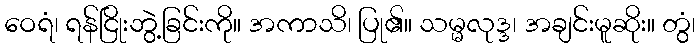
ဝေရံ၊ ရန်ငြိုးဘွဲ့ခြင်းကို။ အကာသိ၊ ပြု၏။ သမ္မလုဒ္ဒ၊ အချင်းမူဆိုး။ တွံ၊